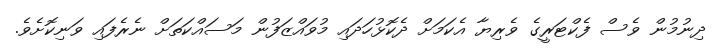
ދިނުމުން ވެސް ފެކްޓަރީގެ ވެރިޔާ އެކަމަށް ދެކޮޅުހަދައި މުވައްޒަފުން މަސައްކަތަށް ނެރެފައި ވަނިކޮށެވެ.